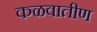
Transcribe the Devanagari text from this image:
कळवातीण